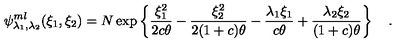
\psi _ { \lambda _ { 1 } , \lambda _ { 2 } } ^ { m l } ( \xi _ { 1 } , \xi _ { 2 } ) = N \exp \left\lbrace { \frac { \xi _ { 1 } ^ { 2 } } { 2 c \theta } } - { \frac { \xi _ { 2 } ^ { 2 } } { 2 ( 1 + c ) \theta } } - { \frac { \lambda _ { 1 } \xi _ { 1 } } { c \theta } } + { \frac { \lambda _ { 2 } \xi _ { 2 } } { ( 1 + c ) \theta } } \right\rbrace \quad .